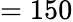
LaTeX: =150